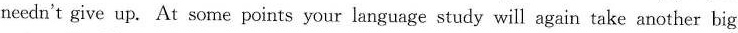
needn't give up. At some points your language study will again take another big